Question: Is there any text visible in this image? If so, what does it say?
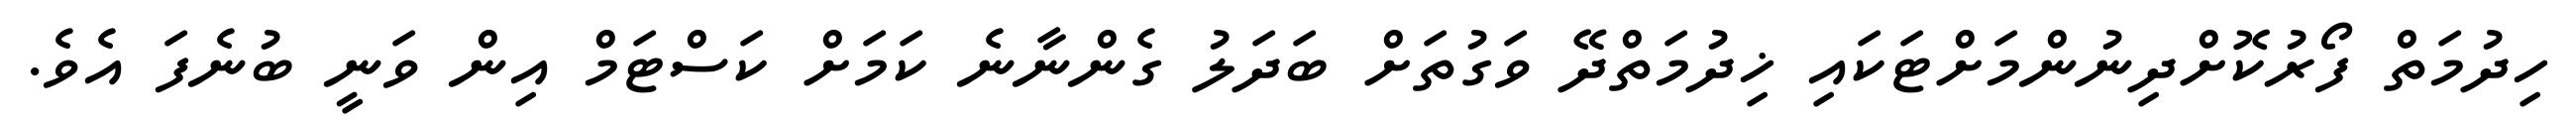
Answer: ހިދުމަތް ފޯރުކޮށްދިނުންމަށްޓަކައި ޚިދުމަތްދޭ ވަގުތަށް ބަދަލު ގެންނާނެ ކަމަށް ކަސްޓަމް އިން ވަނީ ބުނެފަ އެވެ.